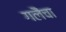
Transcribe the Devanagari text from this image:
गलैंचा